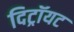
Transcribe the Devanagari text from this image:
दिट्रॉयट